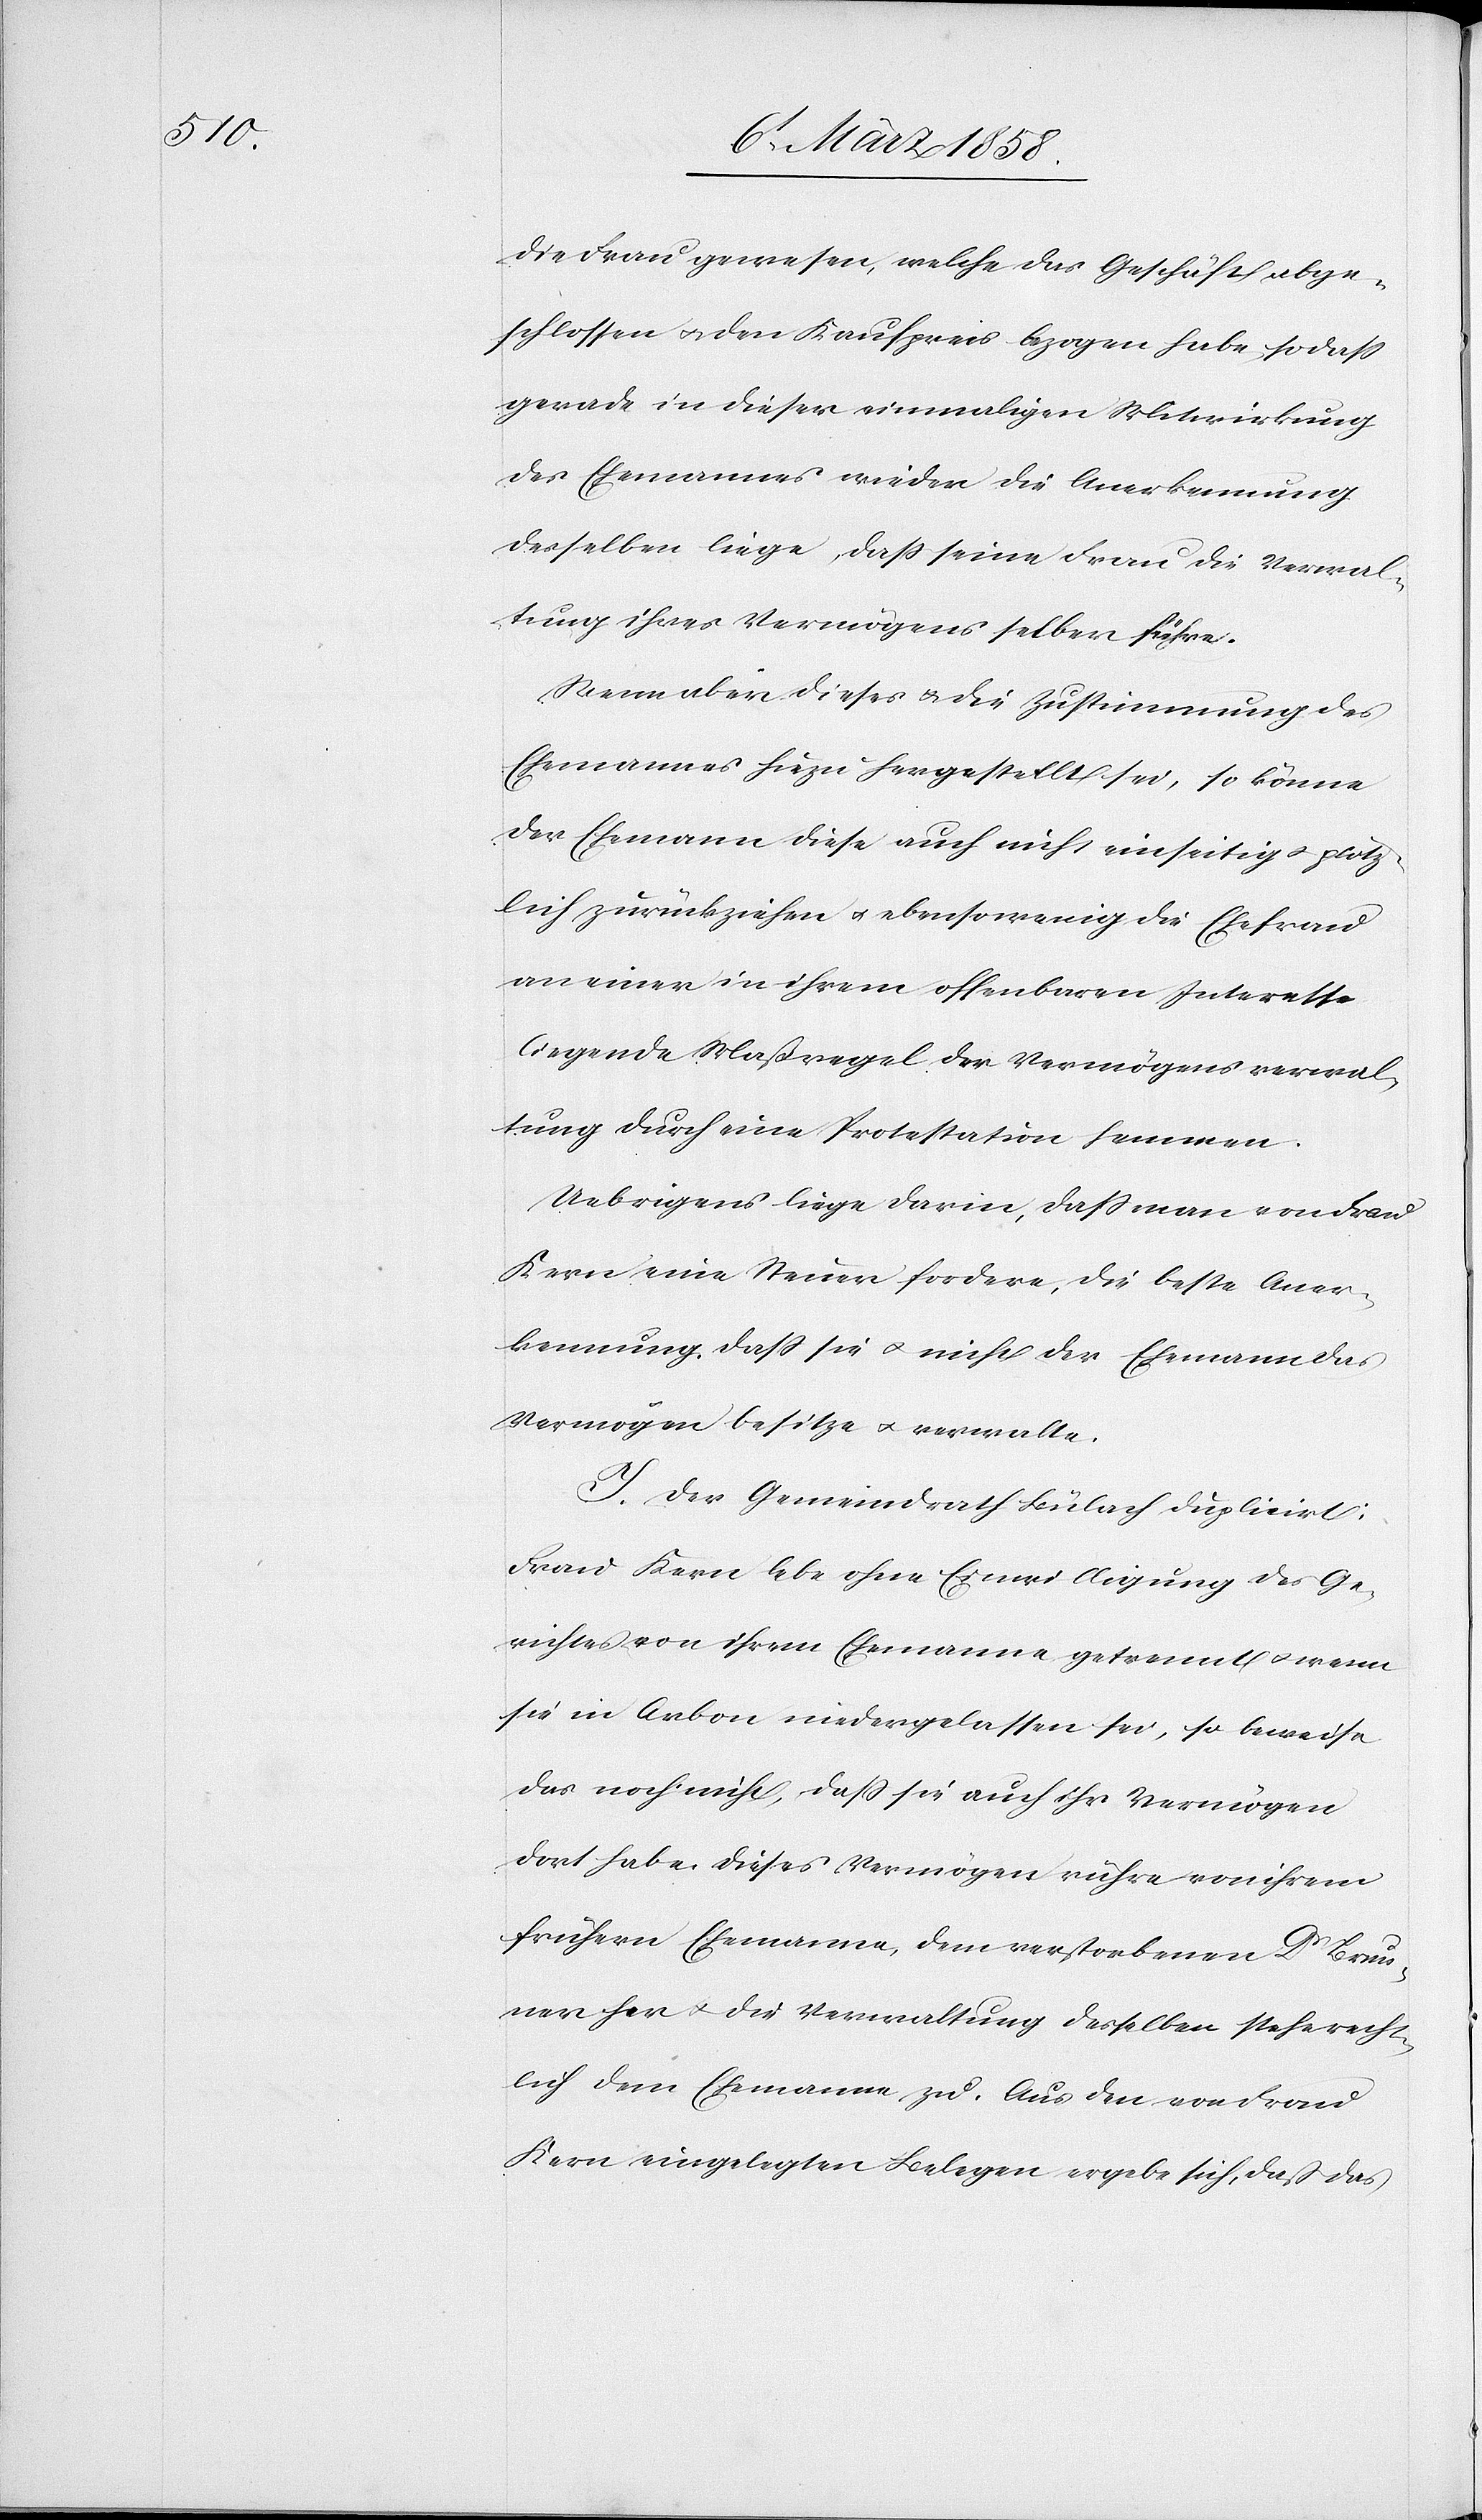
die Frau gewesen, welche das Geschäft abge¬
schlossen u. den Kaufpreis bezogen habe, so daß
gerade in dieser einmaligen Mitwirkung
des Ehemannes wieder die Anerkennung
derselben liege, daß seine Frau die Verwal¬
tung ihres Vermögens selber führe.
Wenn aber dieses u. die Zustimmung des
Ehemannes hiezu hergestellt sei, so könne
der Ehemann diese auch nicht einseitig u. plötz¬
lich zurückziehen u. ebensowenig die Ehefrau
an einer in ihrem offenbaren Interesse
liegende Maßregel der Vermögensverwal¬
tung durch eine Protestation hemmen.
Uebrigens liege darin, daß man von Frau
Kern eine Steuer fordere, die beste Aner¬
kennung, daß sie u. nicht der Ehemann das
Vermögen besitze u. verwalte.
I. Der Gemeindrath Bülach duplicirt:
Frau Kern lebe ohne Einwilligung des Ge¬
richtes von ihrem Ehemanne getrennt u. wenn
sie in Arbon niedergelassen sei, so beweise
das noch nicht, daß sie auch ihr Vermögen
dort habe. Dieses Vermögen rühre von ihrem
frühern Ehemanne, dem verstorbenen Dr Brun¬
ner her u. die Verwaltung desselben stehe recht¬
lich dem Ehemanne zu. Aus den von Frau
Kern eingelegten Belegen ergebe sich, daß das